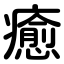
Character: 癒